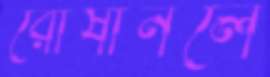
রোষানলে